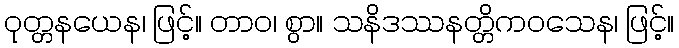
ဝုတ္တနယေန၊ ဖြင့်။ တာဝ၊ စွာ။ သနိဒဿနတ္တိကဝသေန၊ ဖြင့်။